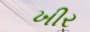
ખીર